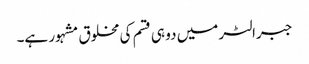
جبرالٹر میں دو ہی قسم کی مخلوق مشہور ہے۔